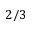
2 / 3